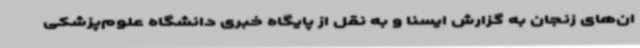
ان‌های زنجان به گزارش ایسنا و به نقل از پایگاه خبری دانشگاه علوم‌پزشکی